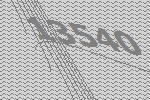
13540